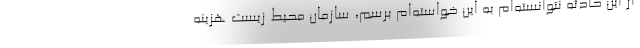
از این حادثه نتوانسته‌ام به این خواسته‌ام برسم، سازمان محیط زیست هزینه